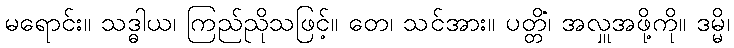
မရောင်း။ သဒ္ဓါယ၊ ကြည်ညိုသဖြင့်။ တေ၊ သင်အား။ ပတ္တိံ၊ အလှူအဖို့ကို။ ဒမ္မိ၊